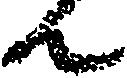
ん